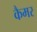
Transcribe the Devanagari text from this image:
कैमर